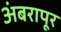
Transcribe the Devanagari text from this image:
अंबरापूर